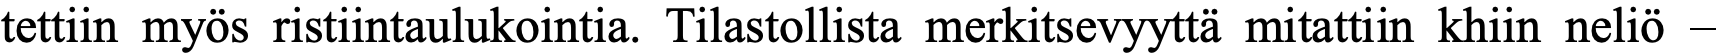
tettiin myös ristiintaulukointia. Tilastollista merkitsevyyttä mitattiin khiin neliö –